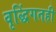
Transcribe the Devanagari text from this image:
वृद्धिंगतही